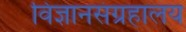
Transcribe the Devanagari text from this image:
विज्ञानसंग्रहालय